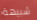
شبيهة